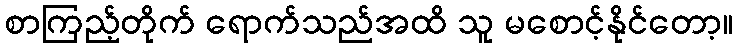
စာကြည့်တိုက် ရောက်သည်အထိ သူ မစောင့်နိုင်တော့။